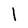
Character: 1